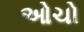
ઓચો